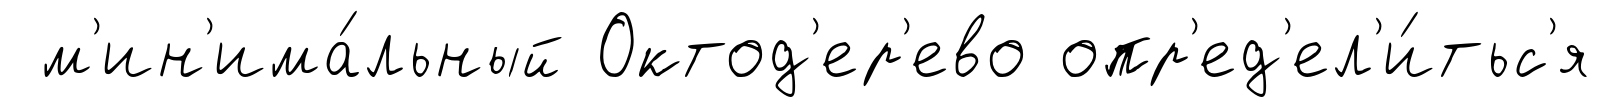
м'ин'има́льный Октод'ер'ево опр'ед'ел'и́тьс'я